Madras plague regulations in force outside the Presidency town - Volume 2
Disease focus: Plague
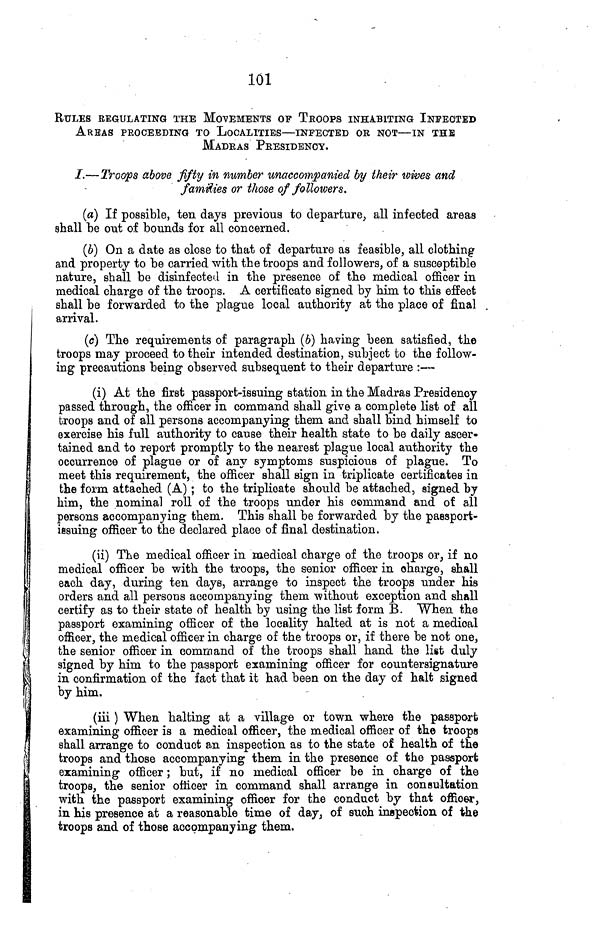
101 RULES REGULATING THE MOVEMENTS OF TROOPS INHABITING INFECTED
AREAS PROCEEDING TO LOCALITIES—INFECTED OR NOT—IN THE
MADRAS PRESIDENCY.
I.—Troops above fifty in number unaccompanied by their wives and
families or those of followers.
(a) If possible, ten days previous to departure, all infected areas
shall be out of bounds for all concerned.
(B) On a date as close to that of departure as feasible, all clothing
and property to be carried with the troops and followers, of a susceptible
nature, shall be disinfected in the presence of the medical officer in
medical charge of the troops. A certificate signed by him to this effect
shall be forwarded to the plague local authority at the place of final
arrival.
(c) The requirements of paragraph (6) having been satisfied, the
troops may proceed to their intended destination, subject to the follow-
ing precautions being observed subsequent to their departure :—
(i) At the first passport-issuing station in the Madras Presidency
passed through, the officer in command shall give a complete list of all
troops and of all persons accompanying them and shall bind himself to
exercise his full authority to cause their health state to be daily ascer-
tained and to report promptly to the nearest plague local authority the
occurrence of plague or of any symptoms suspicious of plague. To
meet this requirement, the officer shall sign in triplicate certificates in
the form attached (A) ; to the triplicate should be attached, signed by
him, the nominal roll of the troops under his command and of all
persons accompanying them. This shall be forwarded by the passport-
issuing officer to the declared place of final destination.
(ii) The medical officer in medical charge of the troops or, if no
medical officer be with the troops, the senior officer in charge, shall
each day, during ten days, arrange to inspect the troops under his
orders and all persons accompanying them without exception and shall
certify as to their state of health by using the list form B. When the
passport examining officer of the locality halted at is not a medical
officer, the medical officer in charge of the troops or, if there be not one,
the senior officer in command of the troops shall hand the list duly
signed by him to the passport examining officer for countersignature
in confirmation of the fact that it had been on the day of halt signed
by him.
(iii ) When halting at a village or town where the passport
examining officer is a medical officer, the medical officer of the troops
shall arrange to conduct an inspection as to the state of health of the
troops and those accompanying them in the presence of the passport
examining officer ; but, if no medical officer be in charge of the
troops, the senior officer in command shall arrange in consultation
with the passport examining officer for the conduct by that officer,
in his presence at a reasonable time of day, of such inspection of the
troops and of those accompanying them.